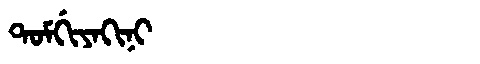
Manchu: ᡨᠣᠮᡤᡳᠶᠠᡴᡳᠨᡳ
Romanization: TOMGIYAKINI